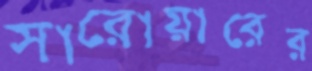
সারোয়ারের